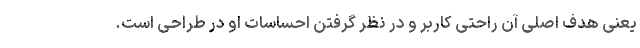
یعنی هدف اصلی آن راحتی کاربر و در نظر گرفتن احساسات او در طراحی است.